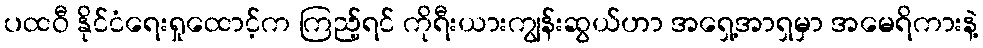
ပထဝီ နိုင်ငံရေးရှုထောင့်က ကြည့်ရင် ကိုရီးယားကျွန်းဆွယ်ဟာ အရှေ့အာရှမှာ အမေရိကားနဲ့